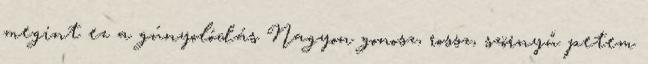
megint ez a gúnyolódás Nagyon gonosz, rossz, szörnyű petem